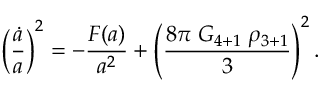
\left( { \frac { \dot { a } } { a } } \right) ^ { 2 } = - { \frac { F ( a ) } { a ^ { 2 } } } + \left( { \frac { 8 \pi \; G _ { 4 + 1 } \; \rho _ { 3 + 1 } } { 3 } } \right) ^ { 2 } .